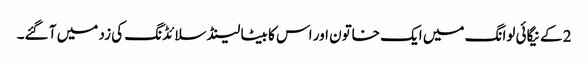
2 کے نیگائی لوانگ میں ایک خاتون اور اس کا بیٹا لینڈ سلائڈنگ کی زد میں آ گئے۔